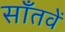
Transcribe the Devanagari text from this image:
साँतवें